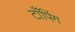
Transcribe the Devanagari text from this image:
टाँपिंग